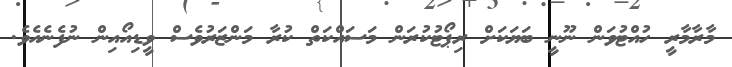
މާރާމާރީ ހުއްޓުވަން ނޫނީ ބަޔަކަށް ރިޕޯޓުކުރަން މަސައްކަތް ކުރާ މަންޒަރުވެސް ވީޑިއޯއިން ނުފެނެއެވެ.